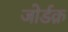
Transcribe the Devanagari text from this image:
जोर्डक़